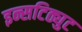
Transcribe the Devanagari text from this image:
इन्सटिठ्युट